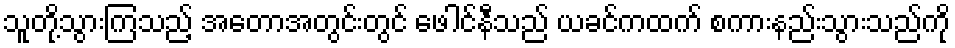
သူတို့သွားကြသည့် အတောအတွင်းတွင် ဖေါင်နီသည် ယခင်ကထက် စကားနည်းသွားသည်ကို